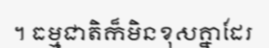
។ ធម្មជាតិក៏មិនខុសគ្នាដែរ